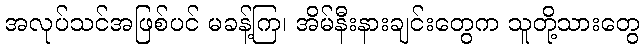
အလုပ်သင်အဖြစ်ပင် မခန့်ကြ၊ အိမ်နီးနားချင်းတွေက သူတို့သားတွေ